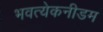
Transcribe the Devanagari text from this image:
भवत्येकनीडम